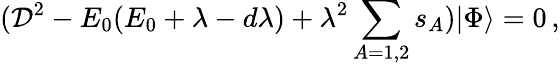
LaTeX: ({\cal D}^{2}-E_{0}(E_{0}+\lambda-d\lambda)+\lambda^{2}\sum_{A=1,2}s_{A})|\Phi\rangle=0\, ,